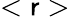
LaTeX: <\mathsf{r}>